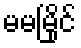
မမမြိုင်